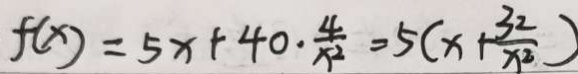
f ( x ) = 5 x + 4 0 \cdot \frac { 4 } { x ^ { 2 } } = 5 ( x + \frac { 3 2 } { x ^ { 2 } } )